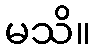
မသိ။